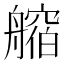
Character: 𦪥